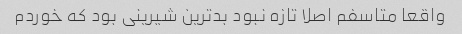
واقعا متاسفم اصلا تازه نبود بدترین شیرینی بود که خوردم